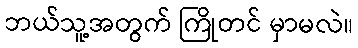
ဘယ်သူ့အတွက် ကြိုတင် မှာမလဲ။